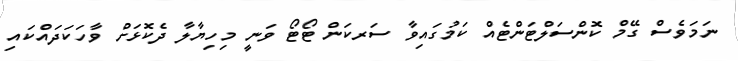
ނަމަވެސް ގޭމް ކޮންސަލްޓަންޓެއް ކަމުގައިވާ ސަރކަން ޓޯޓޯ ވަނީ މިހިޔާލާ ދެކޮޅަށް ވާހަކަދައްކައި